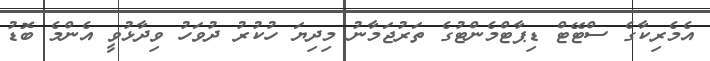
އެމެރިކާގެ ސްޓޭޓް ޑިޕާޓްމެންޓުގެ ތަރުޖަމާނު މިދިޔަ ހުކުރު ދުވަހު ވިދާޅުވީ އެންމެ ބޮޑު